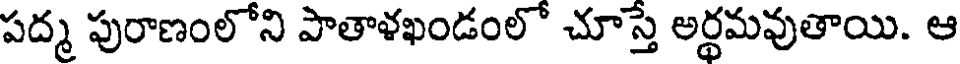
పద్మ పురాణంలోని పాతాళఖండంలో చూస్తే అర్థమవుతాయి. ఆ